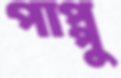
পাপ্পু